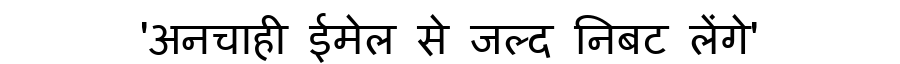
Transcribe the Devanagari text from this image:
'अनचाही ईमेल से जल्द निबट लेंगे'